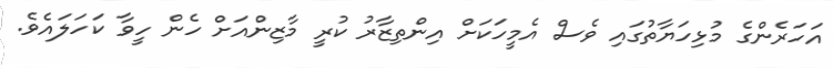
އަހަރެންގެ މުޅިހަޔާތުގައި ވެސް އެމީހަކަށް އިންތިޒާރު ކުރީ މާޒިންއަށް ހެން ހީވާ ކަހަލައެވެ.